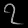
Digit: ၇